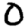
Digit: 0